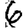
Digit: 6